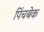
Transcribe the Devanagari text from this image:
पिंचबेक